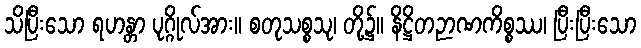
သိပြီးသော ရဟန္တာ ပုဂ္ဂိုလ်အား။ စတုသစ္စသု၊ တို့၌။ နိဋ္ဌိတဉာဏကိစ္စဿ၊ ပြီးပြီးသော